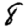
Digit: 8